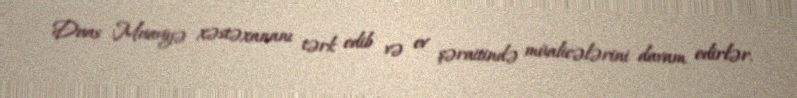
Duas Muaviyə xəstəxananı tərk edib və ev şəraitində müalicələrini davam edirlər.